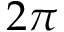
2 \pi